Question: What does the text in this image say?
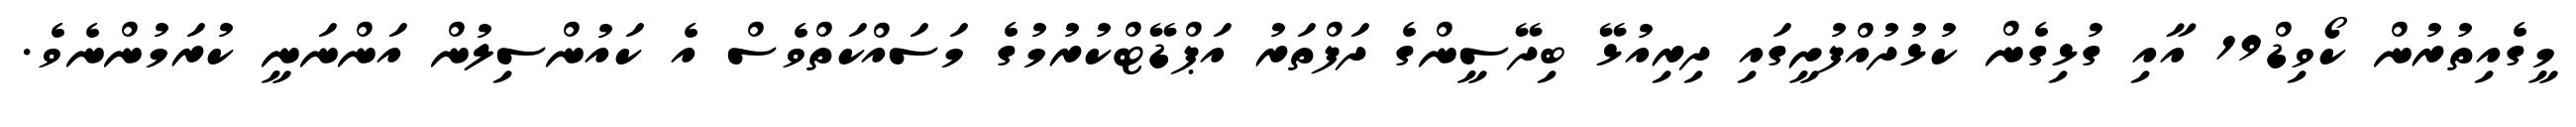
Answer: މީގެއިތުރުން ކޯވިޑް19 އާއި ގުޅިގެން ކުޅުދުއްފުށީގައި ދިރިއުޅޭ ބިދޭސީންގެ ދަފްތަރު އަޕްޑޭޓްކުރުމުގެ މަސައްކަތްވެސް އެ ކައުންސިލުން އަންނަނީ ކުރަމުންނެވެ.